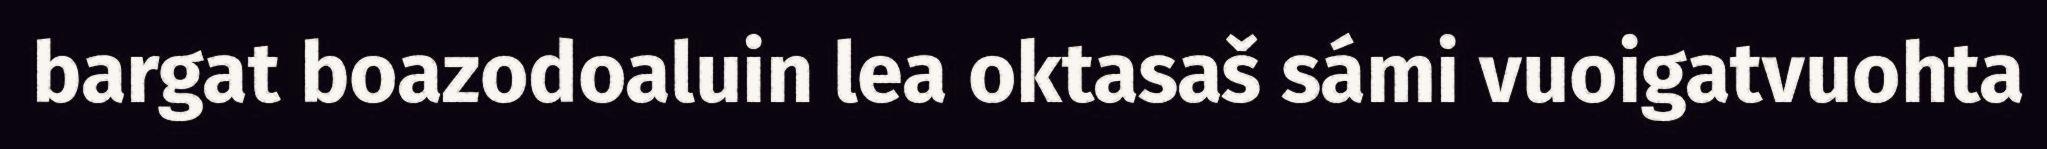
bargat boazodoaluin lea oktasaš sámi vuoigatvuohta